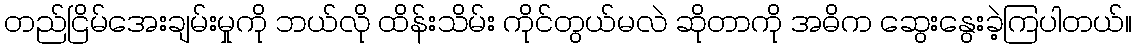
တည်ငြိမ်အေးချမ်းမှုကို ဘယ်လို ထိန်းသိမ်း ကိုင်တွယ်မလဲ ဆိုတာကို အဓိက ဆွေးနွေးခဲ့ကြပါတယ်။